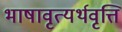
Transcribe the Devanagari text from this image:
भाषावृत्यर्थवृत्ति